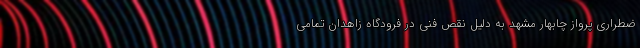
ضطراری پرواز چابهار مشهد به دلیل نقص فنی در فرودگاه زاهدان تمامی